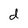
Character: d